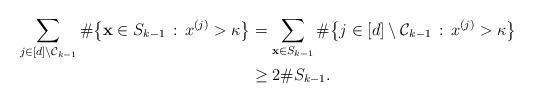
LaTeX: \begin{align*} \sum_{j\in [d] \setminus \mathcal{C}_{k-1}} \# \big\{ \mathbf{x} \in S_{k-1} \,:\, x^{(j)} > \kappa \big\} &= \sum_{ \mathbf{x} \in S_{k-1}} \# \big\{ j\in [d] \setminus \mathcal{C}_{k-1}\,:\, x^{(j)} > \kappa \big\} \\ &\geq 2 \# S_{k-1}.\end{align*}